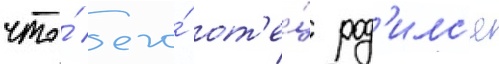
что́ его́ от'е́ц род'илс'я